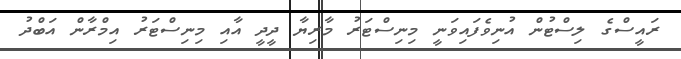
ރައީސްގެ ލިސްޓުން އުނިވެފައިވަނީ މިނިސްޓަރު މާރިޔާ ދީދީ އާއި މިނިސްޓަރު އިމްރާން އަބްދު